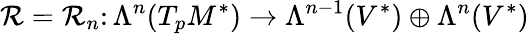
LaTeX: \mathcal{R}=\mathcal{R}_{n}\colon\Lambda^{n}(T_{p}M^{*})\to\Lambda^{n-1}(V^{*})\oplus\Lambda^{n}(V^{*})